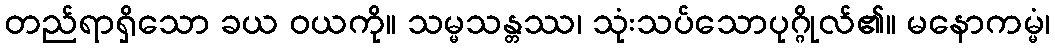
တည်ရာရှိသော ခယ ဝယကို။ သမ္မသန္တဿ၊ သုံးသပ်သောပုဂ္ဂိုလ်၏။ မနောကမ္မံ၊